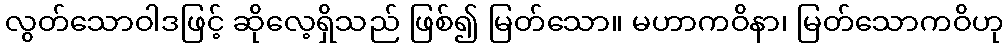
လွတ်သောဝါဒဖြင့် ဆိုလေ့ရှိသည် ဖြစ်၍ မြတ်သော။ မဟာကဝိနာ၊ မြတ်သောကဝိဟု